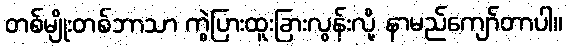
တစ်မျိုးတစ်ဘာသာ ကွဲပြားထူးခြားလွန်းလို့ နာမည်ကျော်တာပါ။